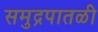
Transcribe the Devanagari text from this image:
समुद्रपातळी